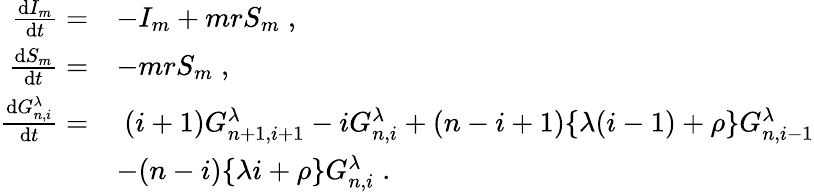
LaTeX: \begin{array}{rl}{\frac{\mathrm{d}I_{m}}{\mathrm{d}t}=}&{-I_{m}+mrS_{m}\; ,}\\ {\frac{\mathrm{d}S_{m}}{\mathrm{d}t}=}&{-mrS_{m}\; ,}\\ {\frac{\mathrm{d}G_{n,i}^{\lambda}}{\mathrm{d}t}=}&{\; (i+1)G_{n+1,i+1}^{\lambda}-iG_{n,i}^{\lambda}+(n-i+1)\lbrace\lambda(i-1)+\rho\rbrace G_{n,i-1}^{\lambda}}\\ &{-(n-i)\lbrace\lambda i+\rho\rbrace G_{n,i}^{\lambda}\; .}\end{array}